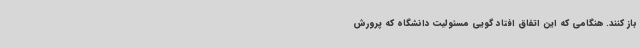
باز کنند. هنگامی که این اتفاق افتاد گویی مسئولیت دانشگاه که پرورش